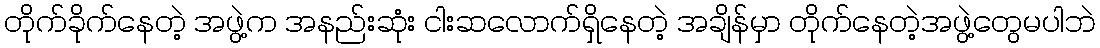
တိုက်ခိုက်နေတဲ့ အဖွဲ့က အနည်းဆုံး ငါးဆလောက်ရှိနေတဲ့ အချိန်မှာ တိုက်နေတဲ့အဖွဲ့တွေမပါဘဲ